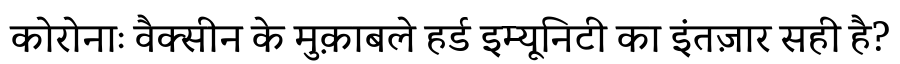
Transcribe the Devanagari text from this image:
कोरोनाः वैक्सीन के मुक़ाबले हर्ड इम्यूनिटी का इंतज़ार सही है?